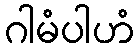
ဂါမံပါဟံ